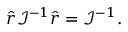
\hat { r } \mathcal { I } ^ { - 1 } \hat { r } = \mathcal { I } ^ { - 1 } .